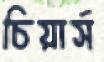
চিয়ার্স